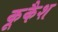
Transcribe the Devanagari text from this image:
कूकैश